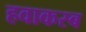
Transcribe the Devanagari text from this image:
हवाकस्‍ब